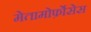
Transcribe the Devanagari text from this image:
मेतामोर्फ़ोसेस